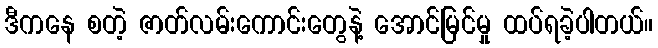
ဒီကနေ စတဲ့ ဇာတ်လမ်းကောင်းတွေနဲ့ အောင်မြင်မှု ထပ်ရခဲ့ပါတယ်။